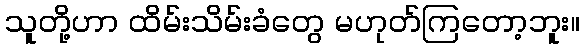
သူတို့ဟာ ထိမ်းသိမ်းခံတွေ မဟုတ်ကြတော့ဘူး။